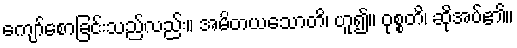
ကျော်စောခြင်းသည်လည်း။ အမိတယသောတိ၊ ဟူ၍။ ဝုစ္စတိ၊ ဆိုအပ်၏။